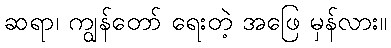
ဆရာ၊ ကျွန်တော် ရေးတဲ့ အဖြေ မှန်လား။